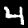
Label: 4